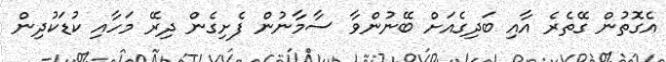
އެގޮތުން ގޭތެރެ އާއި ބަދިގެއަށް ބޭނުންވާ ސާމާނުން ފެށިގެން ދިރޭ މަހާއި ކުޑަކުދިން